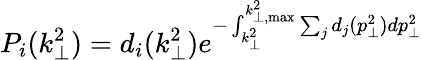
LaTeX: P_{i}(k_{\perp}^{2})=d_{i}(k_{\perp}^{2})e^{-\int_{k_{\perp}^{2}}^{k_{\perp,\operatorname*{max}}^{2}}\sum_{j}d_{j}(p_{\perp}^{2})dp_{\perp}^{2}}